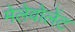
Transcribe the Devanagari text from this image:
मेलेवोलेंट